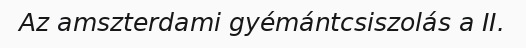
Az amszterdami gyémántcsiszolás a II.